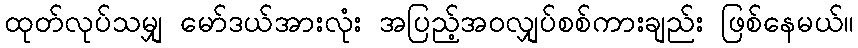
ထုတ်လုပ်သမျှ မော်ဒယ်အားလုံး အပြည့်အဝလျှပ်စစ်ကားချည်း ဖြစ်နေမယ်။